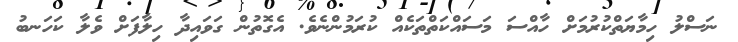
ނަސްލު ހިމާޔަތްކުރުމަށް ހާއްސަ މަސައްކަތްތަކެއް ކުރަމުންނެވެ. އެގޮތުން ގަވައިދާ ހިލާފަށް ވެލާ ކަހަނބު